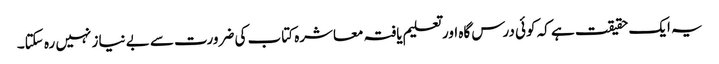
یہ ایک حقیقت ہے کہ کوئی درس گاہ اور تعلیم یافتہ معاشرہ کتاب کی ضرورت سے بے نیاز نہیں رہ سکتا۔